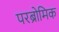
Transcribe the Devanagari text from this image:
परब्रोमिक